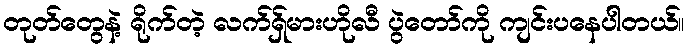
တုတ်တွေနဲ့ ရိုက်တဲ့ လက်ရှ်မားဟိုလီ ပွဲတော်ကို ကျင်းပနေပါတယ်။